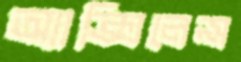
অ্যাক্সিলেন্স